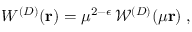
W ^ { ( { D } ) } ( { \bf r } ) = \mu ^ { 2 - \epsilon } \, { \mathcal W } ^ { ( { D } ) } ( \mu { \bf r } ) \; ,